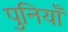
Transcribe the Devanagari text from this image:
पुनियाँ